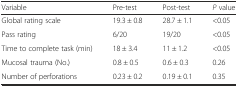
<table><thead><tr><td><b>Variable</b></td><td><b>Pre-test</b></td><td><b>Post-test</b></td><td><b><i>P</i> value</b></td></tr></thead><tbody><tr><td>Global rating scale</td><td>19.3 ± 0.8</td><td>28.7 ± 1.1</td><td>&lt;0.05</td></tr><tr><td>Pass rating</td><td>6/20</td><td>19/20</td><td>&lt;0.05</td></tr><tr><td>Time to complete task (min)</td><td>18 ± 3.4</td><td>11 ± 1.2</td><td>&lt;0.05</td></tr><tr><td>Mucosal trauma (No.)</td><td>0.8 ± 0.5</td><td>0.6 ± 0.3</td><td>0.26</td></tr><tr><td>Number of perforations</td><td>0.23 ± 0.2</td><td>0.19 ± 0.1</td><td>0.35</td></tr></tbody></table>